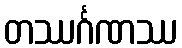
တဿင်္ဂဏဿ